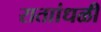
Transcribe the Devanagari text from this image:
राताांधळी